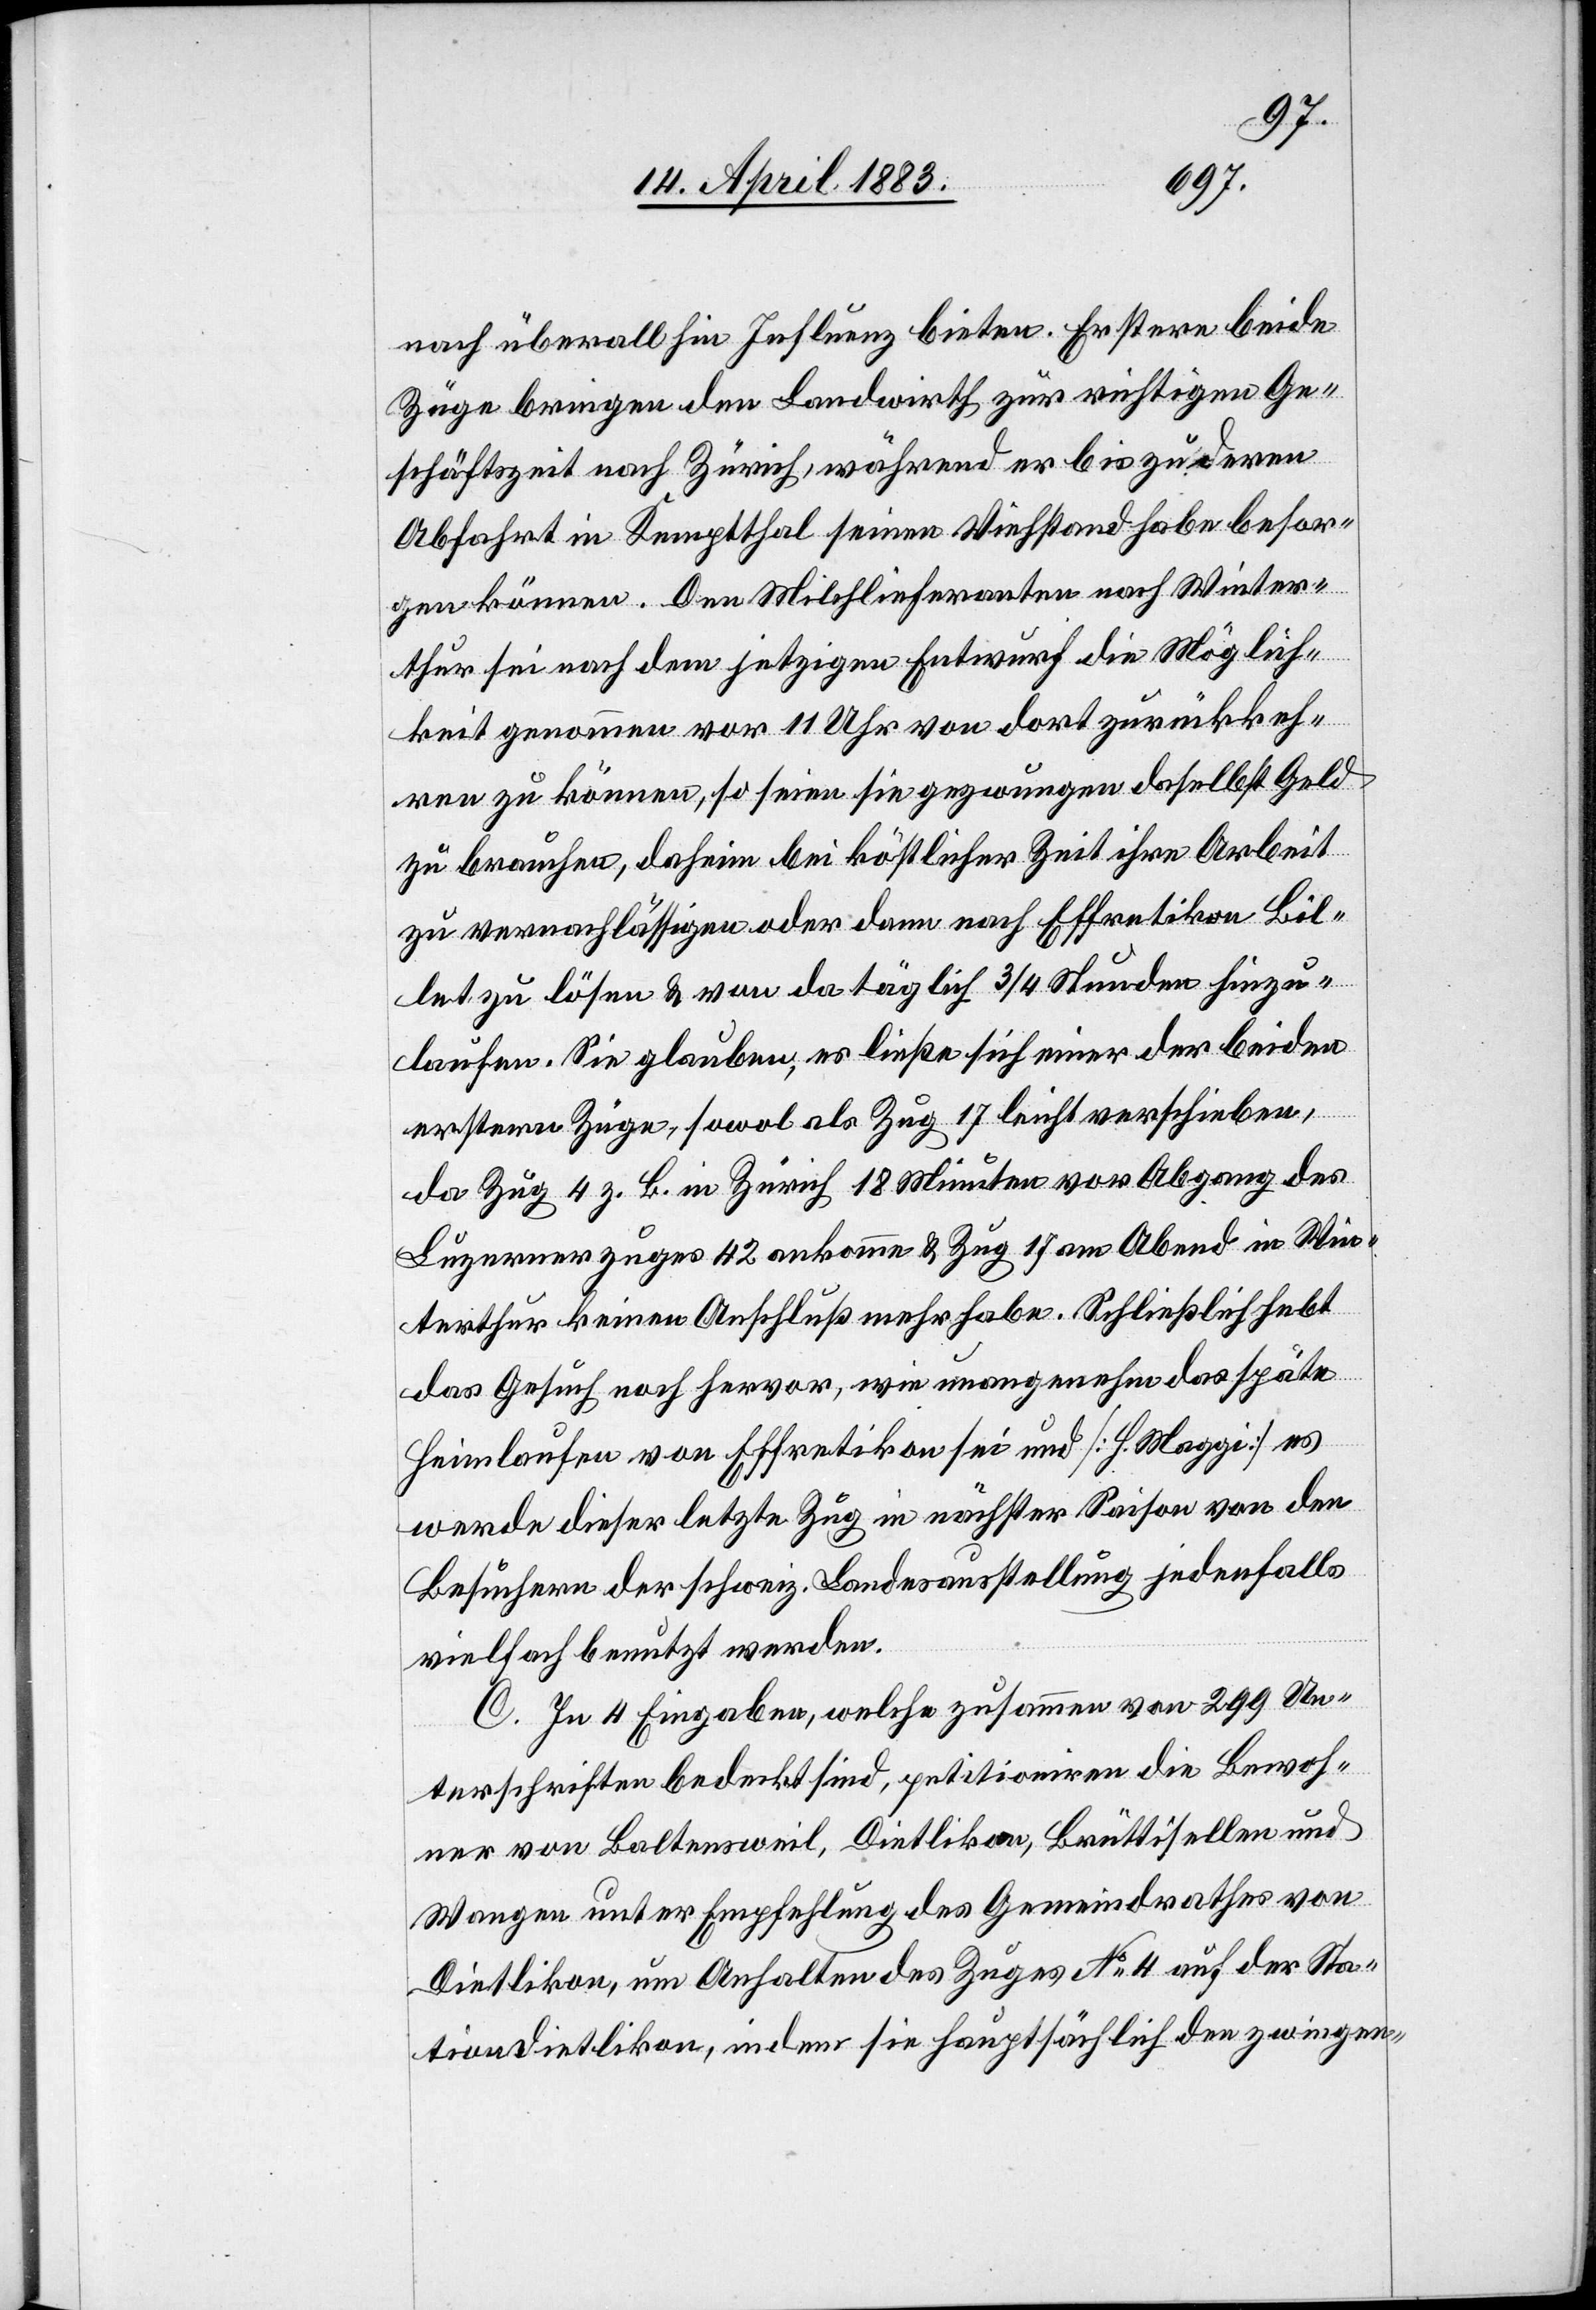
nach überall hin Influenz bieten. Erstere beide
Züge bringen den Landwirth zur richtigen Ge¬
schäftszeit nach Zürich, während er bis zu deren
Abfahrt in Kemptthal seinen Viehstand habe besor¬
gen können. Den Milchlieferanten nach Winter¬
thur sei nach dem jetzigen Entwurf die Möglich¬
keit genommen vor 11 Uhr von dort zurückkeh¬
ren zu können, so seien sie gezwungen daselbst Geld
zu brauchen, daheim bei köstlicher Zeit ihre Arbeit
zu vernachlässigen oder dann nach Effretikon Bil¬
let zu lösen & von da täglich 3/4 Stunden hinzu¬
laufen. Sie glauben, es ließe sich einer der beiden
ersteren Züge, sowol als Zug 17 leicht verschieben,
da Zug 4 z. B. in Zürich 18 Minuten vor Abgang des
Luzernerzuges 42 ankomme & Zug 17 am Abend in Win¬
terthur keinen Anschluß mehr habe. Schließlich hebt
das Gesuch noch hervor, wie unangenehm das späte
Heimlaufen von Effretikon sein und [H. Maggi] es
werde dieser letzte Zug in nächster Saison von den
Besuchern der schweiz. Landessausstellung jedenfalls
vielfach benutzt werden.
C. In 4 Eingaben, welche zusammen von 299 Un¬
terschriften bedeckt sind, petitioniren die Bewoh¬
ner von Baltensweil, Dietlikon, Brüttisellen und
Wangen unter Empfehlung des Gemeindrathes von
Dietlikon, um Anhalten des Zuges No 4 auf der Sta¬
tion Dietlikon, indem sie hauptsächlich den zwingen-